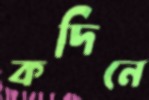
কদিনে